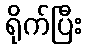
ရိုက်ပြီး